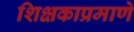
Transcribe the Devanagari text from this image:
शिक्षकाप्रमाणे